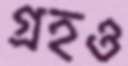
গ্রহও